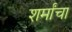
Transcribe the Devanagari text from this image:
शर्मांचा